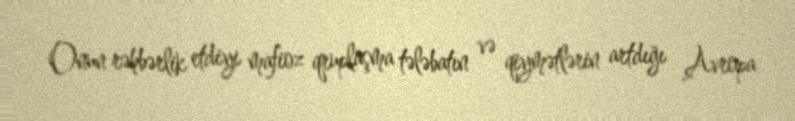
Onun rəhbərlik etdiyi mafioz qruplaşma tələbatın və qiymətlərin artdığı Avropa